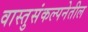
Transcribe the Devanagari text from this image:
वास्तुसंकल्पनेतील